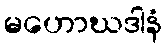
မဟောဃဒါနံ